Indian journal of veterinary science and animal husbandry - Volume 3,
Year: 1933
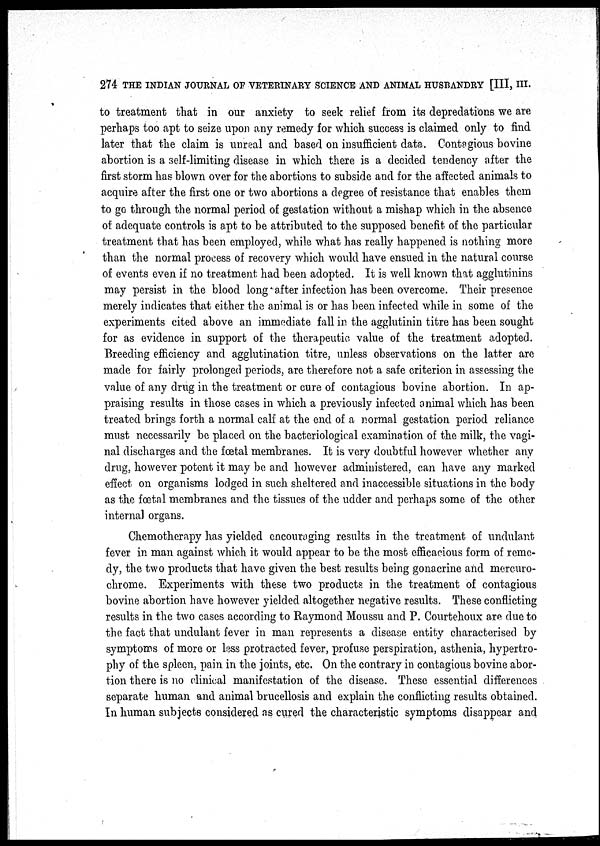
274 THE INDIAN JOURNAL OF VETERINARY SCIENCE AND ANIMAL HUSBANDRY [III, III.
to treatment that in our anxiety to seek relief from its depredations we are
perhaps too apt to seize upon any remedy for which success is claimed only to find
later that the claim is unreal and based on insufficient data. Contagious bovine
abortion is a self-limiting disease in which there is a decided tendency after the
first storm has blown over for the abortions to subside and for the affected animals to
acquire after the first one or two abortions a degree of resistance that enables them
to go through the normal period of gestation without a mishap which in the absence
of adequate controls is apt to be attributed to the supposed benefit of the particular
treatment that has been employed, while what has really happened is nothing more
than the normal process of recovery which would have ensued in the natural course
of events even if no treatment had been adopted. It is well known that agglutinins
may persist in the blood long after infection has been overcome. Their presence
merely indicates that either the animal is or has been infected while in some of the
experiments cited above an immediate fall in the agglutinin titre has been sought
for as evidence in support of the therapeutic value of the treatment adopted.
Breeding efficiency and agglutination titre, unless observations on the latter are
made for fairly prolonged periods, are therefore not a safe criterion in assessing the
value of any drug in the treatment or cure of contagious bovine abortion. In ap-
praising results in those cases in which a previously infected animal which has been
treated brings forth a normal calf at the end of a normal gestation period reliance
must necessarily be placed on the bacteriological examination of the milk, the vagi-
nal discharges and the fœtal membranes. It is very doubtful however whether any
drug, however potent it may be and however administered, can have any marked
effect on organisms lodged in such sheltered and inaccessible situations in the body
as the fœtal membranes and the tissues of the udder and perhaps some of the other
internal organs.
Chemotherapy has yielded encouraging results in the treatment of undulant
fever in man against which it would appear to be the most efficacious form of reme-
dy, the two products that have given the best results being gonacrine and mercuro¬
chrome. Experiments with these two products in the treatment of contagious
bovine abortion have however yielded altogether negative results. These conflicting
results in the two cases according to Raymond Moussu and P. Courtehoux are due to
the fact that undulant fever in man represents a disease entity characterised by
symptoms of more or less protracted fever, profuse perspiration, asthenia, hypertro-
phy of the spleen, pain in the joints, etc. On the contrary in contagious bovine abor-
tion there is no clinical manifestation of the disease. These essential differences
separate human and animal brucellosis and explain the conflicting results obtained.
In human subjects considered as cured the characteristic symptoms disappear and